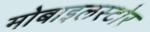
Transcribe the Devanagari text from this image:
मोबाइलस्टोर